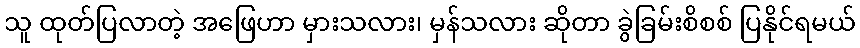
သူ ထုတ်ပြလာတဲ့ အဖြေဟာ မှားသလား၊ မှန်သလား ဆိုတာ ခွဲခြမ်းစိစစ် ပြနိုင်ရမယ်